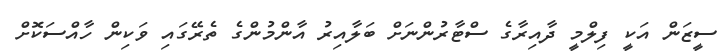
ސީޒަން އަކީ ފިލްމީ ދާއިރާގެ ސްޓާރުންނަށް ބަލާއިރު އާންމުންގެ ތެރޭގައި ވަކިން ހާއްސަކޮށް